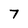
Character: 7